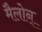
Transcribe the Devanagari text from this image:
मैलोन्